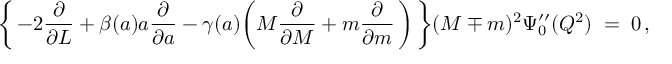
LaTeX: \biggl \{ \, - 2 \frac { \partial } { \partial L } + \beta ( a ) a \frac { \partial } { \partial a } - \gamma ( a ) \biggl ( M \frac { \partial } { \partial M } + m \frac { \partial } { \partial m } \, \biggr ) \, \biggr \} ( M \mp m ) ^ { 2 } \Psi _ { 0 } ^ { \prime \prime } ( Q ^ { 2 } ) \; = \; 0 \, ,